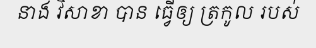
នាង វិសាខា បាន ធ្វើឲ្យ ត្រកូល របស់